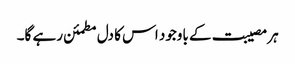
ہر مصیبت کے باوجود اس کا دل مطمئن رہے گا۔